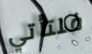
فلتأتي